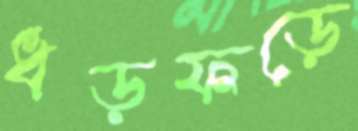
ধড়ফড়ে